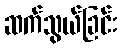
ဆက်သွယ်ခြင်း